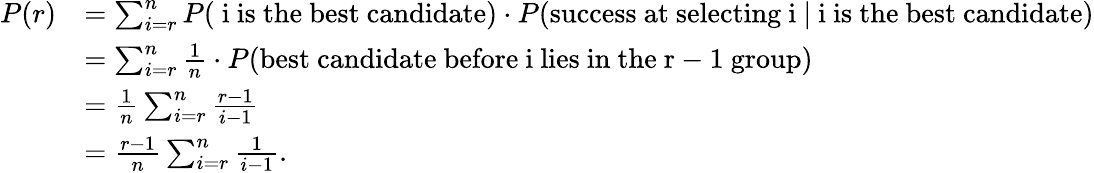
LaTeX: \begin{array}{rl}{P(r)}&{=\sum_{i=r}^{n}P(\mathrm{~i~is~the~best~candidate})\cdot P(\mathrm{success~at~selecting~i~}|\mathrm{~i~is~the~best~candidate})}\\ &{=\sum_{i=r}^{n}{\frac{1}{n}}\cdot P(\mathrm{best~candidate~before~i~lies~in~the~r-1~group})}\\ &{=\frac{1}{n}\sum_{i=r}^{n}\frac{r-1}{i-1}}\\ &{=\frac{r-1}{n}\sum_{i=r}^{n}\frac{1}{i-1}.}\end{array}